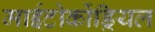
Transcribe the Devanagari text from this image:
माईटोकोंड्रियल